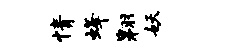
情蜂翱妖